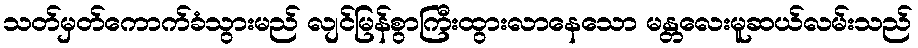
သတ်မှတ်ကောက်ခံသွားမည် လျင်မြန်စွာကြီးထွားလာနေသော မန္တလေးမူဆယ်လမ်းသည်